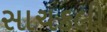
સાચકલી